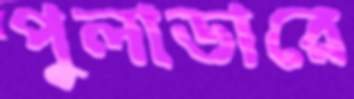
পুলাডারে